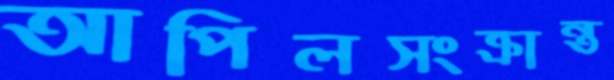
আপিলসংক্রান্ত